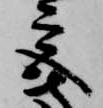
宮